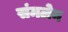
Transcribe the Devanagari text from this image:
संमलेन